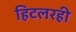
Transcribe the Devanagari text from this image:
हिटलरही